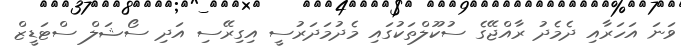
ވަނަ އަހަރާއި ދެމެދު ރާއްޖޭގެ ސުކޫލްތަކުގައި މެދުމަދަރުސީ އިގިރޭސި އަދި ސޯޝަލް ސްޓަޑީޒް